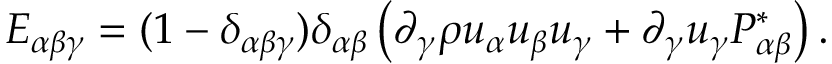
E _ { \alpha \beta \gamma } = ( 1 - \delta _ { \alpha \beta \gamma } ) \delta _ { \alpha \beta } \left( \partial _ { \gamma } \rho u _ { \alpha } u _ { \beta } u _ { \gamma } + \partial _ { \gamma } u _ { \gamma } P _ { \alpha \beta } ^ { * } \right) .